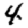
Digit: 4